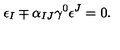
\epsilon _ { I } \mp \alpha _ { I J } \gamma ^ { 0 } \epsilon ^ { J } = 0 .